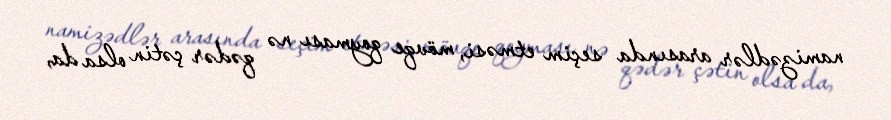
namizədlər arasında seçim etməsi, mövqe qoyması nə qədər çətin olsa da,